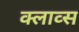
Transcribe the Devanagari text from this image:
क्लाव्स